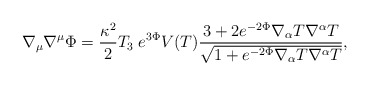
\begin{align*}\nabla_\mu\nabla^\mu\Phi =\frac{\kappa^2}{2}T_3\;e^{3\Phi}V(T)\frac{3+2e^{-2\Phi}\nabla_\alpha T\nabla^\alpha T}{\sqrt{1+e^{-2\Phi}\nabla_\alpha T\nabla^\alpha T}},\end{align*}